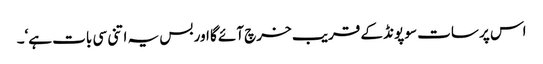
اس پر سات سو پونڈ کے قریب خرچ آئے گا اور بس یہ اتنی سی بات ہے‘۔